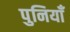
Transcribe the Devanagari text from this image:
पुनियाँ